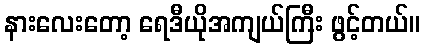
နားလေးတော့ ရေဒီယိုအကျယ်ကြီး ဖွင့်တယ်။